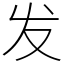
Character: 发